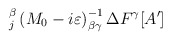
\begin{align*}_{j}^{\beta }\left( M_{0}-i\varepsilon \right) ^{-1}_{\beta \gamma }\Delta F^{\gamma }[A']\end{align*}